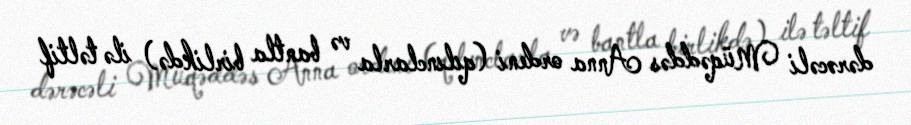
dərəcəli Müqəddəs Anna ordeni (qılınclarla və bantla birlikdə) ilə təltif